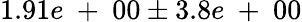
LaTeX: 1.91e\mathrm{~+~}00\pm 3.8e\mathrm{~+~}00